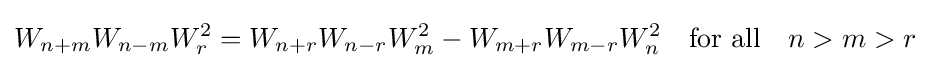
W_{n+m}W_{n-m}W_{r}^{2}=W_{n+r}W_{n-r}W_{m}^{2}-W_{m+r}W_{m-r}W_{n}^{2}\quad {\text{for all}}\quad n>m>r